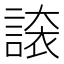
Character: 𧪉